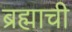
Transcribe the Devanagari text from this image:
ब्रह्माची